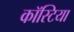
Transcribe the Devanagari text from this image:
कॉस्टिया